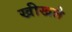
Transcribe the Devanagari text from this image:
खीखले